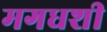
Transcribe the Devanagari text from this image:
मगधशी